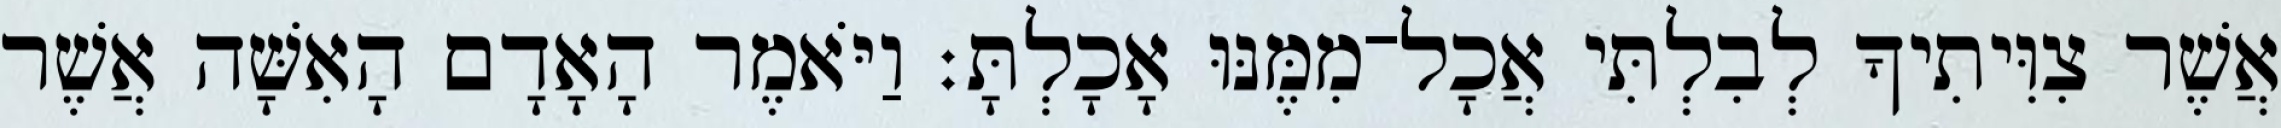
אֲשֶׁר צִוִּיתִיךָ לְבִלְתִּי אֲכָל־מִמֶּנּוּ אָכָלְתָּ׃ וַיֹּאמֶר הָאָדָם הָאִשָּׁה אֲשֶׁר